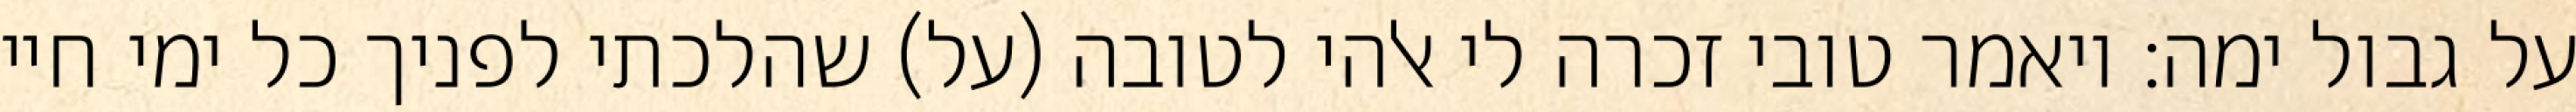
על גבול ימה: ויאמר טובי זכרה לי אלהי לטובה (על) שהלכתי לפניך כל ימי חיי